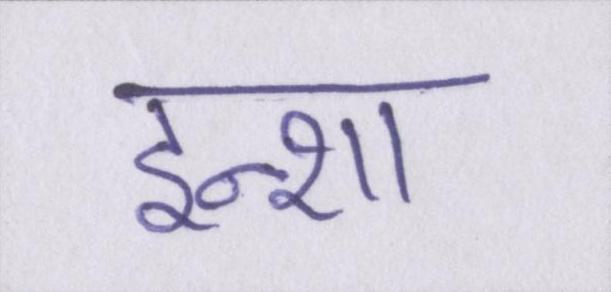
इन्शा